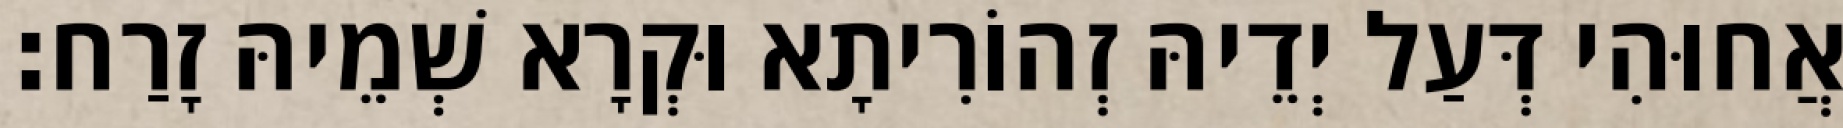
אֲחוּהִי דְּעַל יְדֵיהּ זְהוֹרִיתָא וּקְרָא שְׁמֵיהּ זָרַח׃